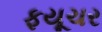
ફયૂચર